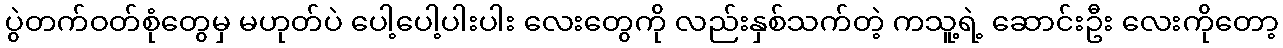
ပွဲတက်ဝတ်စုံတွေမှ မဟုတ်ပဲ ပေါ့ပေါ့ပါးပါး လေးတွေကို လည်းနှစ်သက်တဲ့ ကသူ့ရဲ့ ဆောင်းဦး လေးကိုတော့